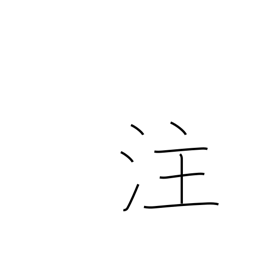
Meaning: irrigate